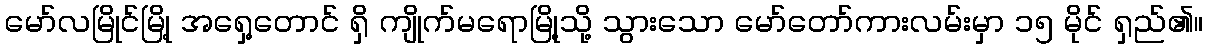
မော်လမြိုင်မြို့ အရှေ့တောင် ရှိ ကျိုက်မရောမြို့သို့ သွားသော မော်တော်ကားလမ်းမှာ ၁၅ မိုင် ရှည်၏။